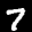
Label: 7